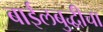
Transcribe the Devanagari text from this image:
बाईलबुद्धीचा